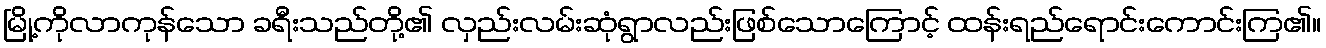
မြို့ကိုလာကုန်သော ခရီးသည်တို့၏ လှည်းလမ်းဆုံရွာလည်းဖြစ်သောကြောင့် ထန်းရည်ရောင်းကောင်းကြ၏။